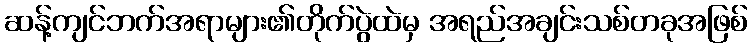
ဆန့်ကျင်ဘက်အရာများ၏တိုက်ပွဲထဲမှ အရည်အချင်းသစ်တခုအဖြစ်